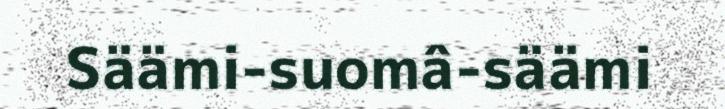
Säämi-suomâ-säämi